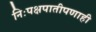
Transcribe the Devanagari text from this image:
निःपक्षपातीपणाही